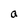
Character: a